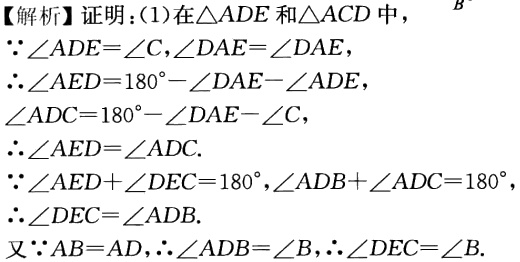
【解析】证明：(1)在\(\triangle ADE\)和\(\triangle ACD\)中，

\(\because\angle ADE = \angle C,\angle DAE=\angle DAE\)，

\(\therefore\angle AED = 180^{\circ}-\angle DAE - \angle ADE\)，

\(\angle ADC = 180^{\circ}-\angle DAE-\angle C\)，

\(\therefore\angle AED=\angle ADC\).

\(\because\angle AED+\angle DEC = 180^{\circ},\angle ADB+\angle ADC = 180^{\circ}\)，

\(\therefore\angle DEC=\angle ADB\).

又\(\because AB = AD,\therefore\angle ADB=\angle B,\therefore\angle DEC=\angle B\).